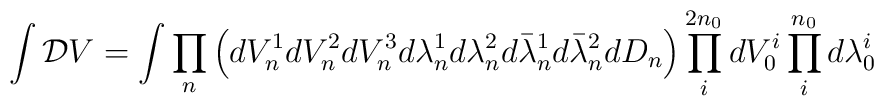
\int {\cal D}V = \int         \prod_{n} \left( d V_{n}^{1} d V_{n}^{2} d V_{n}^{3}                d \lambda_{n}^{1} d \lambda_{n}^{2}                d\bar{\lambda}_{n}^{1} d\bar{\lambda}_{n}^{2}                d D_{n}\right)        \prod_{i}^{2 n_{0}} d V_{0}^{i}                \prod_{i}^{n_{0}} d\lambda_{0}^{i}